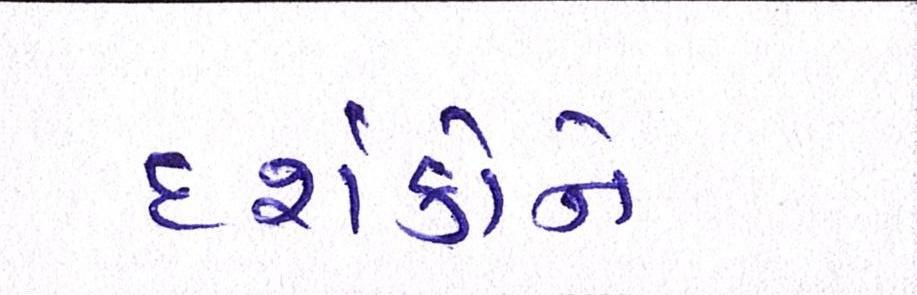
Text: દર્શકોને